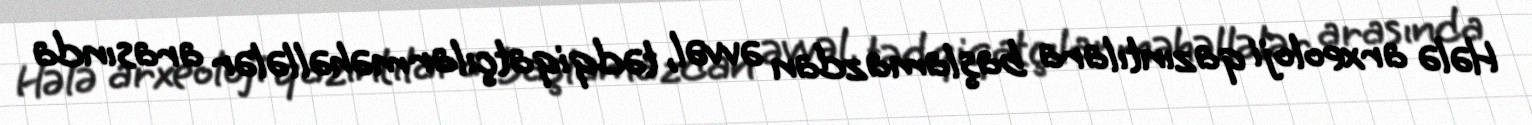
Hələ arxeoloji qazıntılara başlamazdan əvvəl, tədqiqatçılar məhəllələr arasında